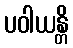
ပဝါယန္တိ